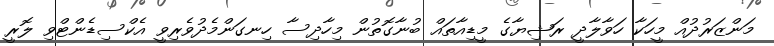
މަންޒަރުދުއް މީހަކާ ހަވާލާދީ ރަޝިޔާގެ މީޑިއާތައް ބުނާގޮތުން މިހާދިސާ ހިނގަންމެދުވެރިވީ އެކްސިޑެންޓްވި ލޮރީ